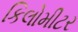
કિલોમીટર